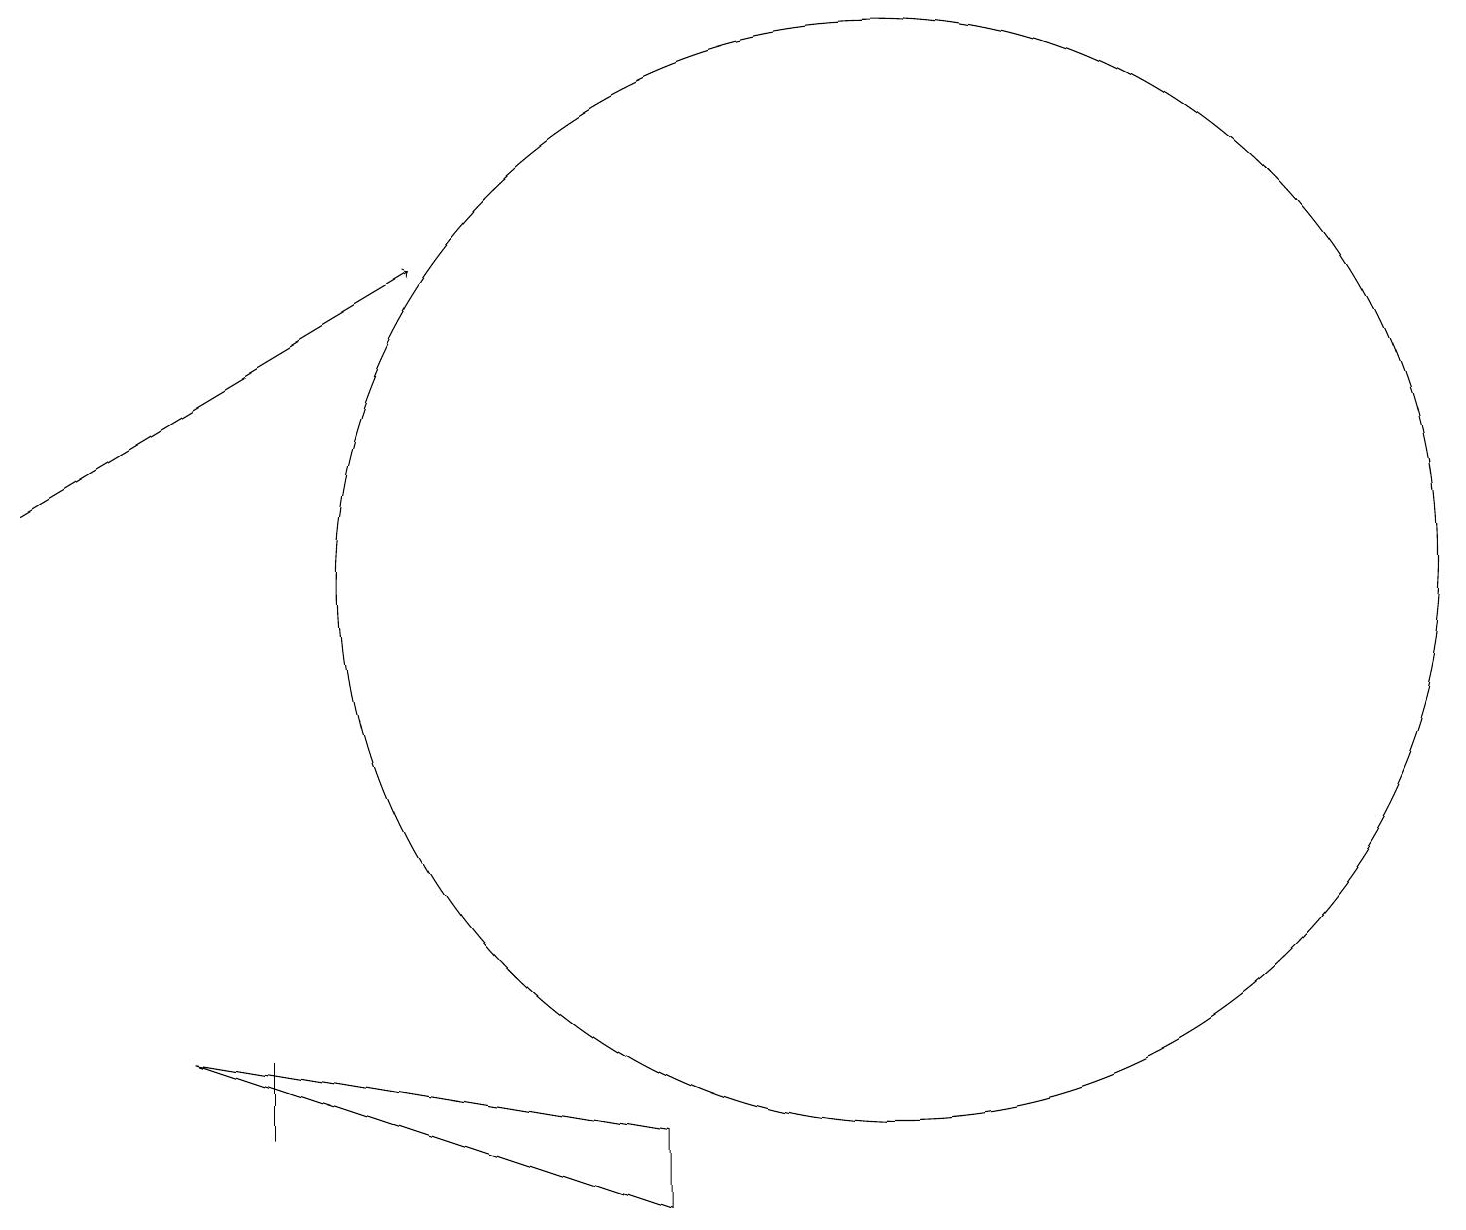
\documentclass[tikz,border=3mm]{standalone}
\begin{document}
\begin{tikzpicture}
\draw (3,5) -- (3,5) -- (3,6) -- cycle;
\draw[->] (0,13) -- (5,16);
\draw (11,12) circle (7);
\draw (8,4) -- (2,6) -- (8,5) -- cycle;
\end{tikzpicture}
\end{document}